Account of plague administration in the Bombay Presidency from September 1896 till May 1897
Year: 1896
Disease focus: Plague
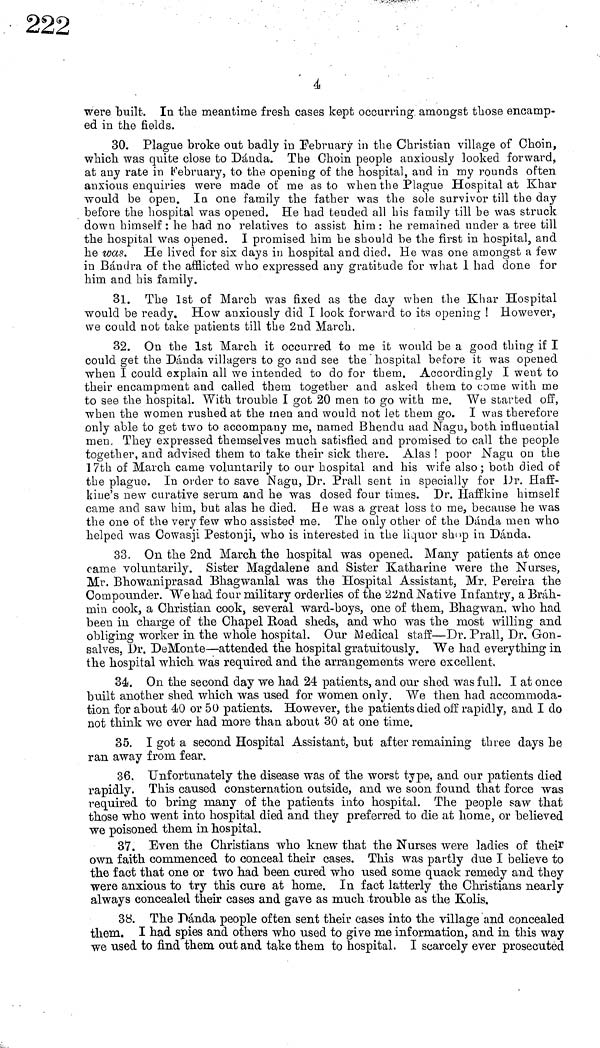
4
were built. In the meantime fresh cases kept occurring amongst those encamp-
ed in the fields.
30. Plague broke out badly in February in the Christian village of Choin,
which was quite close to Dánda. The Choin people anxiously looked forward,
at any rate in February, to the opening of the hospital, and in my rounds often
anxious enquiries were made of me as to when the Plague Hospital at Khar
would be open. In one family the father was the sole survivor till the day
before the hospital was opened. He had tended all his family till he was struck
down himself : he had no relatives to assist him : he remained under a tree till
the hospital Was opened. I promised him he should be the first in hospital, and
he was. He lived for six days in hospital and died. He was one amongst a few
in Bandra of the afflicted who expressed any gratitude for what 1 had done for
him and his family.
31. The 1st of March was fixed as the day when the Khar Hospital
would be ready. How anxiously did I look forward to its opening ! However,
we could not take patients till the 2nd March.
32. On the 1st March it occurred to me it would be a good thing if I
could get the Danda villagers to go and see the hospital before it was opened
when I could explain all we intended to do for them. Accordingly I went to
their encampment and called them together and asked them to come with me
to see the hospital. With trouble I got 20 men to go with me. We started off,
when the women rushed at the men and would not let them go. I was therefore
only able to get two to accompany me, named Bhendu aad Nagu, both influential
men. They expressed themselves much satisfied and promised to call the people
together, and advised them to take their sick there. Alas ! poor Nagu on the
17th of March came voluntarily to our hospital and his wife also; both died of
the plague. In order to save Nagu, Dr. Prall sent in specially for Dr. Haff-
kiue's new curative serum and he was dosed four times. Dr. Haffkine himself
came and saw him, but alas he died. He was a great loss to me, because he was
the one of the very few who assisted me. The only other of the Dánda men who
helped was Cowasji Pestonji, who is interested in the liquor shop in Dánda.
33. On the 2nd March the hospital was opened. Many patients at once
came voluntarily. Sister Magdalene and Sister Katharine were the Nurses,
Mr. Bhowaniprasad Bhagwanlal was the Hospital Assistant, Mr. Pereira the
Compounder. We had four military orderlies of the 22nd Native Infantry, a Brah-
min cook, a Christian cook, several ward-boys, one of them, Bhagwan, who had
been in charge of the Chapel Road sheds, and who was the most willing and
obliging worker in the whole hospital. Our Medical staff—Dr. Prall, Dr. Gon-
salves, Dr. DeMonte—attended the hospital gratuitously. We had everything in
the hospital which was required and the arrangements were excellent.
34. On the second day we had 24 patients, and our shed was full. I at once
built another shed which was used for women only. We then had accommoda-
tion for about 40 or 50 patients. However, the patients died off rapidly, and I do
not think we ever had more than about 30 at one time.
35. I got a second Hospital Assistant, but after remaining three days he
ran away from fear.
36. Unfortunately the disease was of the worst type, and our patients died
rapidly. This caused consternation outside, and we soon found that force was
required to bring many of the patients into hospital. The people saw that
those who went into hospital died and they preferred to die at home, or believed
we poisoned them in hospital.
37. Even the Christians who knew that the Nurses were ladies of their
own faith commenced to conceal their cases. This was partly due I believe to
the fact that one or two had been cured who used some quack remedy and they
were anxious to try this cure at home. In fact latterly the Christians nearly
always concealed their cases and gave as much trouble as the Kolis.
38. The Panda people often sent their cases into the village and concealed
them. I had spies and others who used to give me information, and in this way
we used to find them out and take them to hospital. I scarcely ever prosecuted